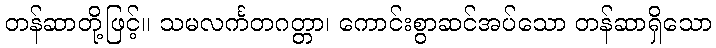
တန်ဆာတို့ဖြင့်။ သမလင်္ကတဂတ္တာ၊ ကောင်းစွာဆင်အပ်သော တန်ဆာရှိသော